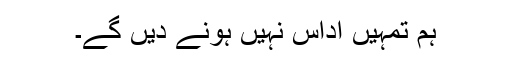
ہم تمہیں اداس نہیں ہونے دیں گے۔